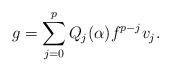
LaTeX: \begin{align*}g=\sum_{j=0}^pQ_j(\alpha)f^{p-j}v_j.\end{align*}